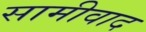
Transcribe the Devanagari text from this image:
सामीवाद